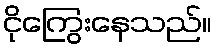
ငိုကြွေးနေသည်။